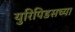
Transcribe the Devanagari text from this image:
युरिपिडसच्या